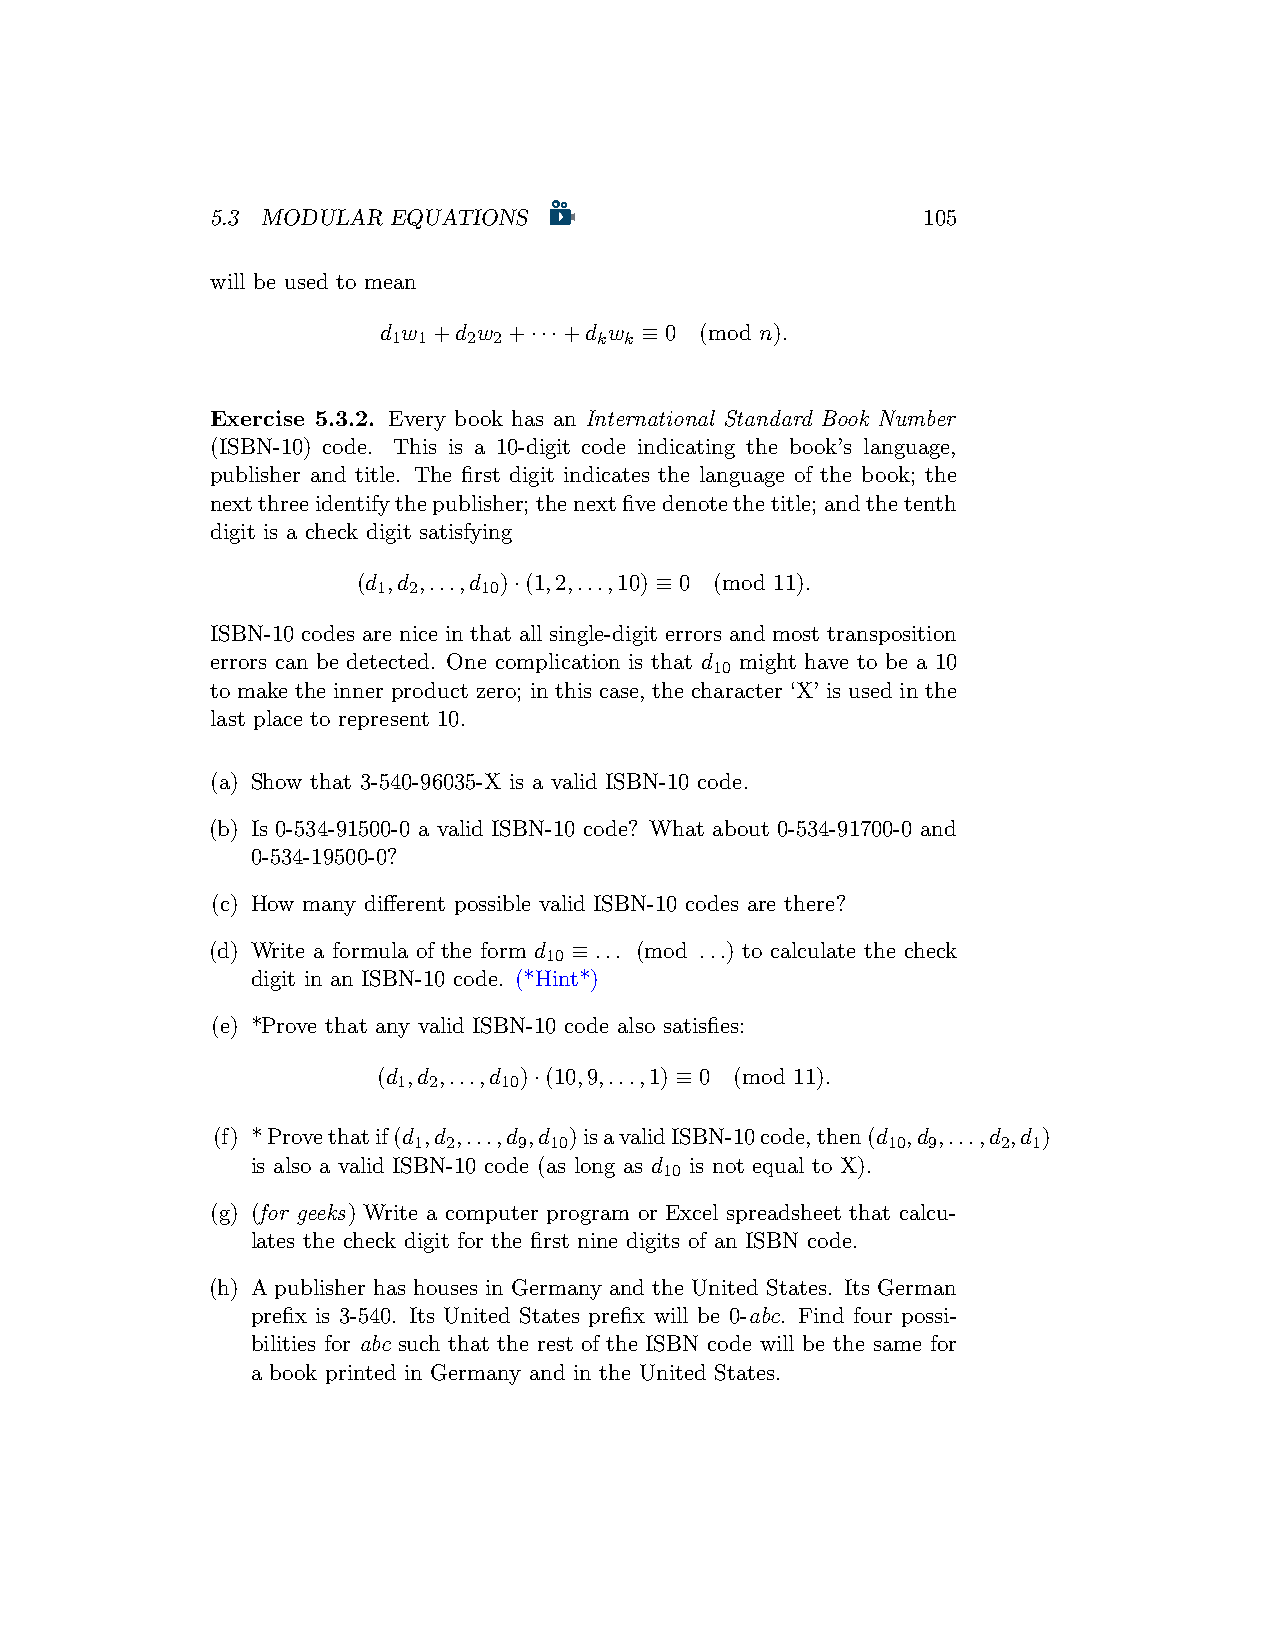
5.3 MODULAR EQUATIONS                          105
 will be used to mean
 d w +d w +···+d w ≡ 0 (mod n).
 1 1  2 2      k k
 Exercise 5.3.2. Every book has an International Standard Book Number
 (ISBN-10) code. This is a 10-digit code indicating the book’s language,
 publisher and title. The first digit indicates the language of the book; the
 nextthreeidentifythepublisher; thenextfivedenotethetitle; andthetenth
 digit is a check digit satisfying
 (d ,d ,...,d )·(1,2,...,10) ≡ 0 (mod 11).
 1 2    10
 ISBN-10 codes are nice in that all single-digit errors and most transposition
 errors can be detected. One complication is that d might have to be a 10
 10
 to make the inner product zero; in this case, the character ‘X’ is used in the
 last place to represent 10.
 (a) Show that 3-540-96035-X is a valid ISBN-10 code.
 (b) Is 0-534-91500-0 a valid ISBN-10 code? What about 0-534-91700-0 and
 0-534-19500-0?
 (c) How many different possible valid ISBN-10 codes are there?
 (d) Write a formula of the form d ≡ ... (mod ...) to calculate the check
 10
 digit in an ISBN-10 code. (*Hint*)
 (e) *Prove that any valid ISBN-10 code also satisfies:
 (d ,d ,...,d )·(10,9,...,1) ≡ 0 (mod 11).
 1 2    10
 (f) *Provethatif(d ,d ,...,d ,d )isavalidISBN-10code,then(d ,d ,...,d ,d )
 1  2   9 10                     10 9   2 1
 is also a valid ISBN-10 code (as long as d is not equal to X).
 10
 (g) (for geeks) Write a computer program or Excel spreadsheet that calcu-
 lates the check digit for the first nine digits of an ISBN code.
 (h) A publisher has houses in Germany and the United States. Its German
 prefix is 3-540. Its United States prefix will be 0-abc. Find four possi-
 bilities for abc such that the rest of the ISBN code will be the same for
 a book printed in Germany and in the United States.